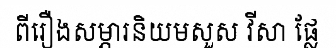
ពីរឿងសម្ភារនិយមសួស វីសា ផ្លែ